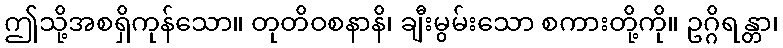
ဤသို့အစရှိကုန်သော။ တုတိဝစနာနိ၊ ချီးမွမ်းသော စကားတို့ကို။ ဥဂ္ဂိရန္တာ၊